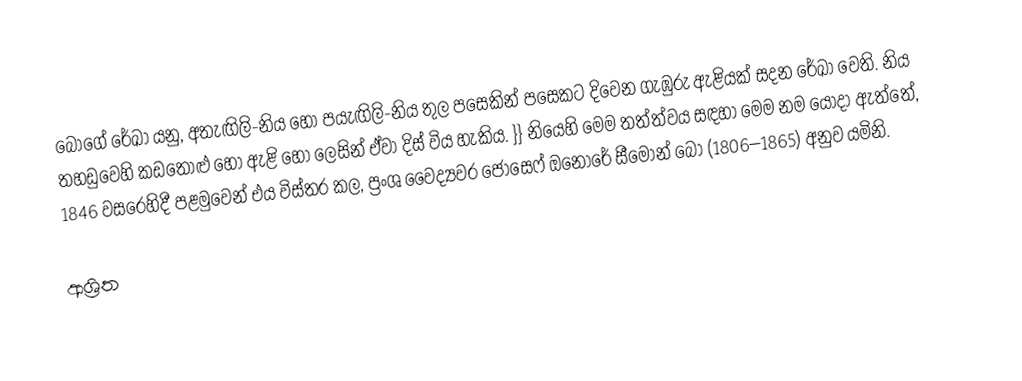
බෝගේ රේඛා යනු, අතැඟිලි-නිය හෝ පයැඟිලි-නිය තුල පසෙකින් පසෙකට දිවෙන ගැඹුරු ඇළියක් සදන රේඛා වෙති. නිය තහඩුවෙහි කඩතොළු හෝ ඇළි හෝ ලෙසින් ඒවා දිස් විය හැකිය.   }}  නියෙහි මෙම තත්ත්වය සඳහා මෙම නම යොදා ඇත්තේ, 1846 වසරෙහිදී පළමුවෙන් එය විස්තර කල,  ප්‍රංශ වෛද්‍යවර ජෝසෙෆ් ඔනෝරේ සීමොන් බෝ (1806–1865) අනුව යමිනි.

ආශ්‍රිත